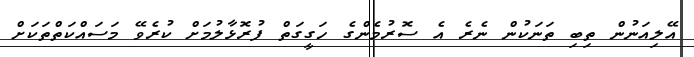
އޭލިއަނުން ތިބި ތަނަކުން ނެރެ އެ ސޮރުމެންގެ ހަގީގަތް ފުރޮޅާލުމަށް ކުރެވޭ މަސައްކަތްތަކަށް